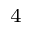
_ 4